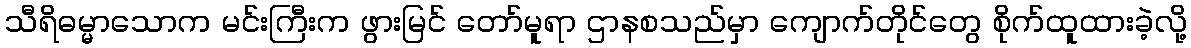
သီရိဓမ္မာသောက မင်းကြီးက ဖွားမြင် တော်မူရာ ဌာနစသည်မှာ ကျောက်တိုင်တွေ စိုက်ထူထားခဲ့လို့